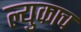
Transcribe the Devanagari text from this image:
ल्युकाच